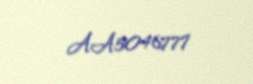
AA5046777